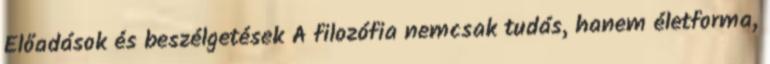
Előadások és beszélgetések A filozófia nemcsak tudás, hanem életforma,